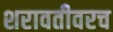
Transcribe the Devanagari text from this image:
शरावतीवरच